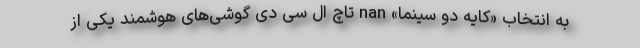
به انتخاب «کایه دو سینما» nan تاچ ال سی دی گوشی‌های هوشمند یکی از